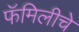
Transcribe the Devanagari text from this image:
फॅमिलीचे